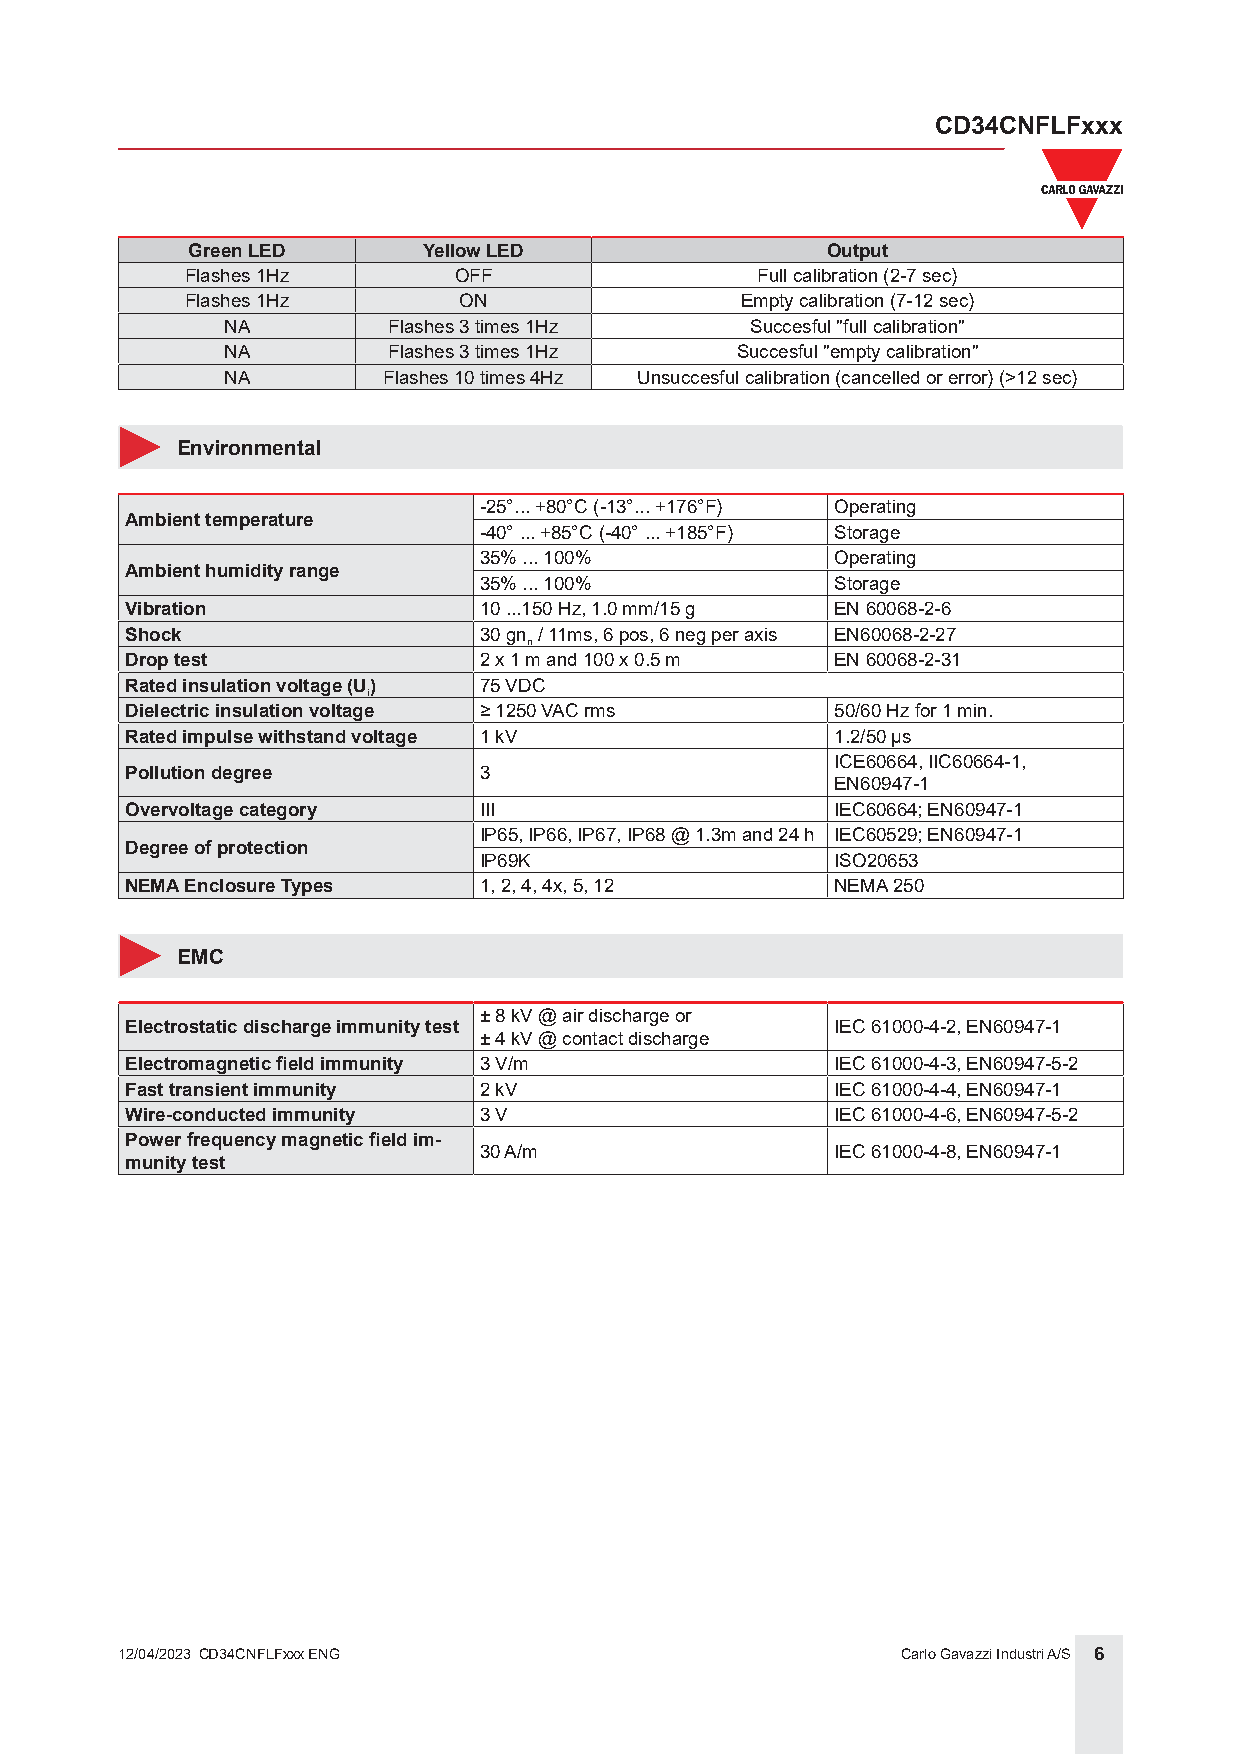
CD34CNFLFxxx
 Green LED       Yellow LED                 Output
 Flashes 1Hz       OFF                 Full calibration (2-7 sec)
 Flashes 1Hz       ON                 Empty calibration (7-12 sec)
 NA         Flashes 3 times 1Hz     Succesful "full calibration"
 NA         Flashes 3 times 1Hz    Succesful "empty calibration"
 NA        Flashes 10 times 4Hz Unsuccesful calibration (cancelled or error) (>12 sec)
 Environmental
 -25°... +80°C (-13°... +176°F) Operating
 Ambient temperature
 -40° ... +85°C (-40° ... +185°F) Storage
 35% ... 100%           Operating
 Ambient humidity range
 35% ... 100%           Storage
 Vibration               10 ...150 Hz, 1.0 mm/15 g EN 60068-2-6
 Shock                   30 gn / 11ms, 6 pos, 6 neg per axis EN60068-2-27
 n
 Drop test               2 x 1 m and 100 x 0.5 m EN 60068-2-31
 Rated insulation voltage (U) 75 VDC
 i
 Dielectric insulation voltage ≥ 1250 VAC rms   50/60 Hz for 1 min.
 Rated impulse withstand voltage 1 kV           1.2/50 µs
 ICE60664, IIC60664-1,
 Pollution degree        3
 EN60947-1
 Overvoltage category    III                    IEC60664; EN60947-1
 IP65, IP66, IP67, IP68 @ 1.3m and 24 h IEC60529; EN60947-1
 Degree of protection
 IP69K                  ISO20653
 NEMA Enclosure Types    1, 2, 4, 4x, 5, 12     NEMA 250
 EMC
 ± 8 kV @ air discharge or
 Electrostatic discharge immunity test          IEC 61000-4-2, EN60947-1
 ± 4 kV @ contact discharge
 Electromagnetic field immunity 3 V/m           IEC 61000-4-3, EN60947-5-2
 Fast transient immunity 2 kV                   IEC 61000-4-4, EN60947-1
 Wire-conducted immunity 3 V                    IEC 61000-4-6, EN60947-5-2
 Power frequency magnetic field im-
 30 A/m                 IEC 61000-4-8, EN60947-1
 munity test
 12/04/2023 CD34CNFLFxxx ENG                         Carlo Gavazzi Industri A/S 6